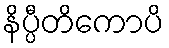
နိပ္ပီတိကောပိ